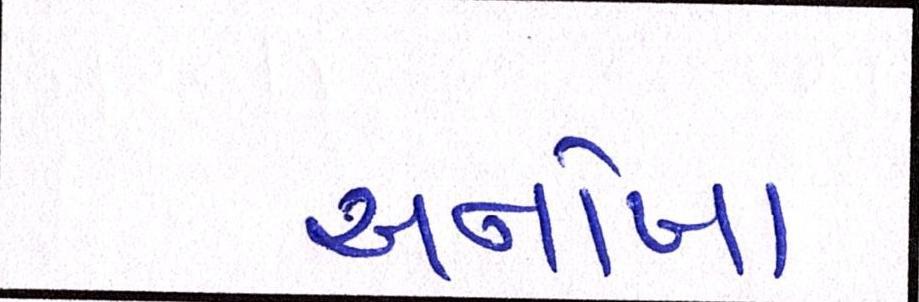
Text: અનોખા